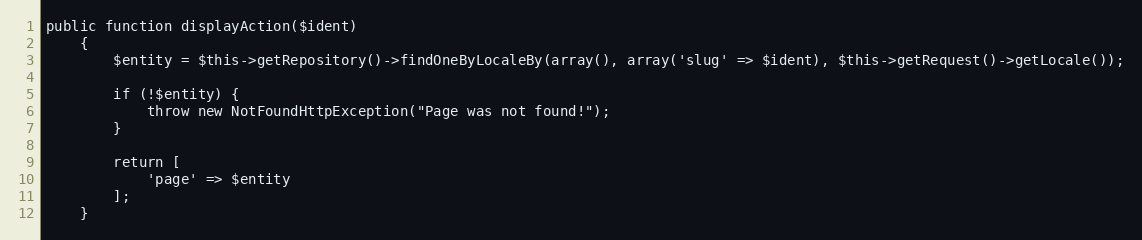
Language: PHP
public function displayAction($ident)
    {
        $entity = $this->getRepository()->findOneByLocaleBy(array(), array('slug' => $ident), $this->getRequest()->getLocale());

        if (!$entity) {
            throw new NotFoundHttpException("Page was not found!");
        }

        return [
            'page' => $entity
        ];
    }